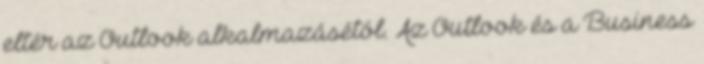
eltér az Outlook alkalmazásétól. Az Outlook és a Business